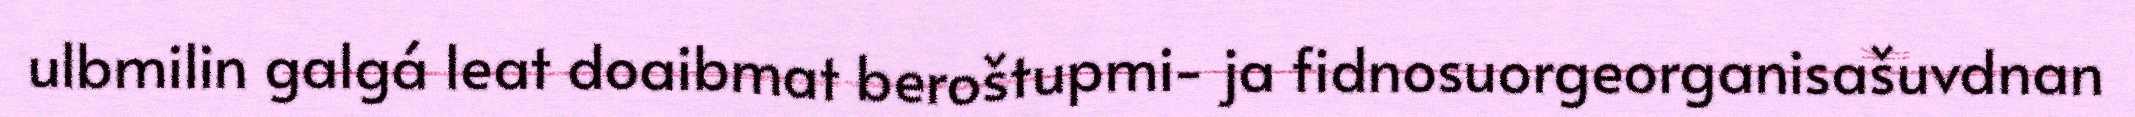
ulbmilin galgá leat doaibmat beroštupmi- ja fidnosuorgeorganisašuvdnan